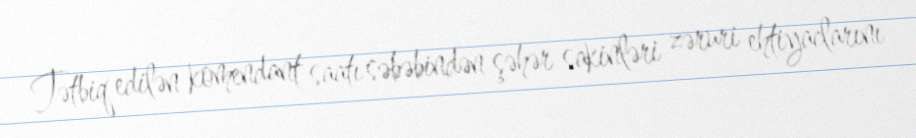
Tətbiq edilən komendant saatı səbəbindən şəhər sakinləri zəruri ehtiyaclarını